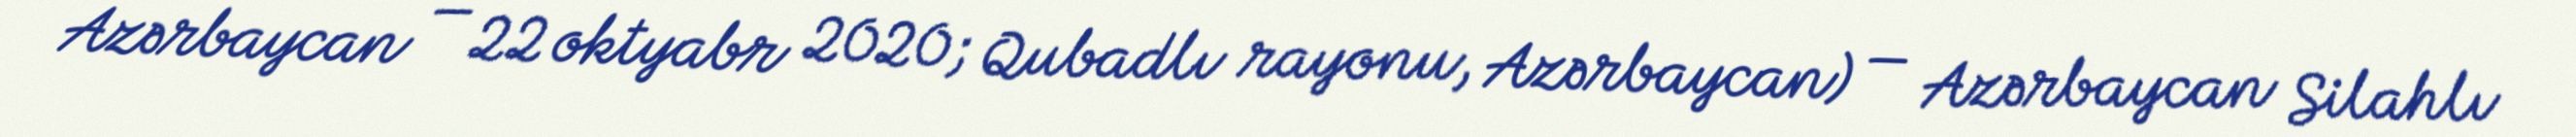
Azərbaycan — 22 oktyabr 2020; Qubadlı rayonu, Azərbaycan) — Azərbaycan Silahlı